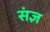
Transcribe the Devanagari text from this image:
संज्ञ